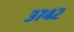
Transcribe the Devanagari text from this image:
३७४२